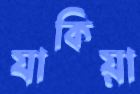
যাকিয়া